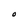
Character: O